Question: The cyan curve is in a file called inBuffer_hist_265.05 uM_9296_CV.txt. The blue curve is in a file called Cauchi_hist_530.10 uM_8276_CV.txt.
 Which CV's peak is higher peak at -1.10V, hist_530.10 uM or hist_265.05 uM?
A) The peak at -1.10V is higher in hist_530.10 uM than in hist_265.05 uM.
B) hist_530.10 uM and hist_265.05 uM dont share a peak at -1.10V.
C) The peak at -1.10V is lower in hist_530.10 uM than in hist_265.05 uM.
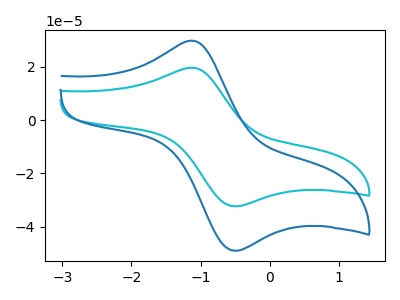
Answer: <think>The cyan curve "hist_265.05 uM" has an anodic peak at (-1.10V, 19.70uA) and a cathodic peak at (-0.50V, -32.40uA). The blue curve "hist_530.10 uM" has an anodic peak at (-1.10V, 29.85uA) and a cathodic peak at (-0.50V, -49.10uA).</think>
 <answer>A) The peak at -1.10V is higher in "hist_530.10 uM" than in "hist_265.05 uM".</answer>
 <eval>A</eval>